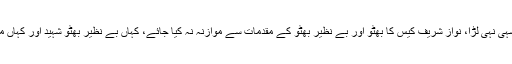
انہوں نے کہا کہ مجھے لگتا ہے نواز شریف نے اپنا کیس سہی نہی لڑا، نواز شریف کیس کا بھٹو اور بے نظیر بھٹو کے مقدمات سے موازنہ نہ کیا جائے، کہاں بے نظیر بھٹو شہید اور کہاں مریم نواز، ڈنگ مارنا نواز شریف کی خصلت میں شامل ہے۔